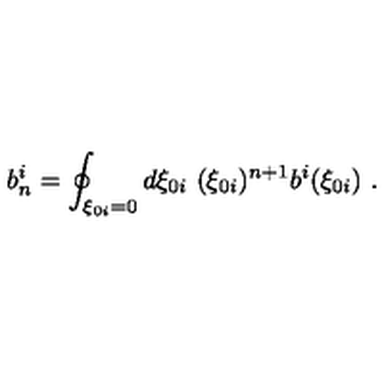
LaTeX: b _ { n } ^ { i } = \oint _ { \xi _ { 0 i } = 0 } d \xi _ { 0 i } \ ( \xi _ { 0 i } ) ^ { n + 1 } b ^ { i } ( \xi _ { 0 i } ) \ .